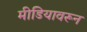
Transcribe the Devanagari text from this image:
मीडियावरून